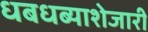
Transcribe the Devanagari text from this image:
धबधब्याशेजारी